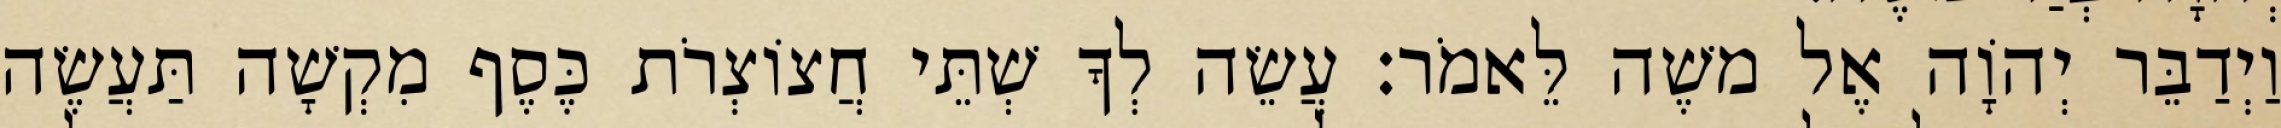
וַיְדַבֵּר יְהוָֹה אֶל משֶׁה לֵּאמֹר׃ עֲשֵׂה לְךָ שְׁתֵּי חֲצוֹצְרֹת כֶּסֶף מִקְשָׁה תַּעֲשֶׂה